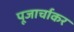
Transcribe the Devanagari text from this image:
पूजार्चाकर